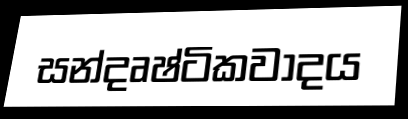
සන්දෘෂ්ටිකවාදය